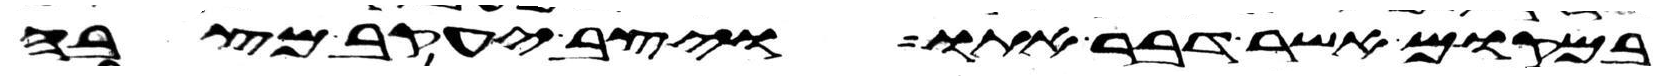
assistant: במקום אשר דבר אתו ויצב יעקב מצבה